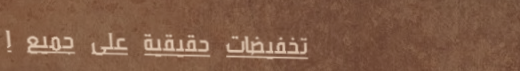
تخفيضات حقيقية على جميع ا